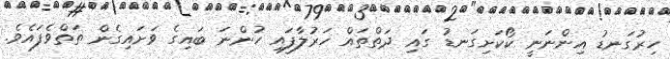
ހިރުގަނޑު އިންނަނީ ކޯކަށިގަނޑު ގައި ދަތްތައް ހަރުލާފައި ހުންނަ ބައިގެ ވަށައިގެން ތަތްވެފައެވެ.